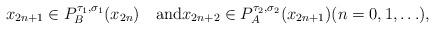
LaTeX: \begin{gather*}x_{2n+1}\in P_B^{\tau_1,\sigma_1}(x_{2n})\quad\mbox{and}x_{2n+2}\in P_A^{\tau_2,\sigma_2}(x_{2n+1})(n=0,1,\ldots),\end{gather*}